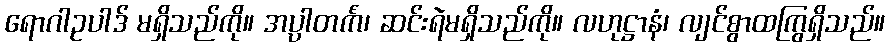
ရောဂါဥပါဒ် မရှိသည်ကို။ အပ္ပါတင်္ကံ၊ ဆင်းရဲမရှိသည်ကို။ လဟုဋ္ဌာနံ၊ လျင်စွာထကြွရှိသည်။